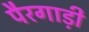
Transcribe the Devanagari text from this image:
पैरगाड़ी